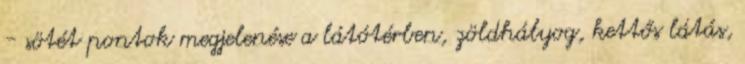
- sötét pontok megjelenése a látótérben, zöldhályog, kettős látás,